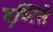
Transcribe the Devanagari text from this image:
दृष्‍टिसे